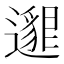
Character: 𨘅